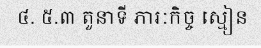
៤. ៥.៣ តួនាទី ភារៈកិច្ច ស្មៀន